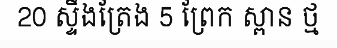
20 ស្ទឹងត្រែង 5 ព្រែក ស្ពាន ថ្ម